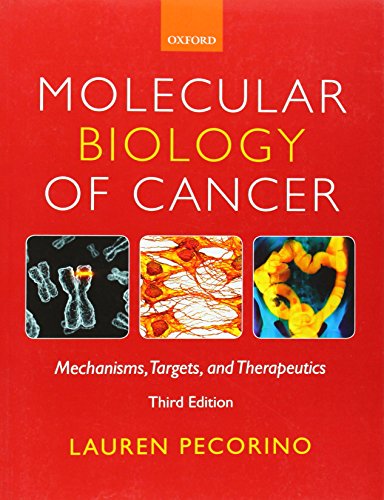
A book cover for Molecular Biology of Cancer: Mechanisms, Targets, and Therapeutics; Lauren Pecorino; Science & Math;